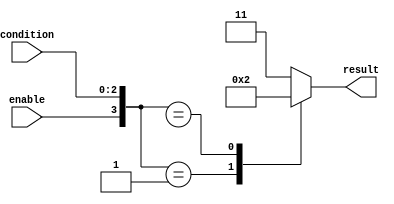
module priority_case_statement(
  input [2:0] condition,
  input enable,
  output reg [1:0] result
);

always @(condition, enable) begin
  casez({enable, condition})
    2'b1  : result = 2'b00; // Highest priority condition
    2'b01 : result = 2'b01; // Second highest priority condition
    2'b1x : result = 2'b10; // Default condition
    default: result = 2'b11; // Lowest priority condition
  endcase
end

endmodule